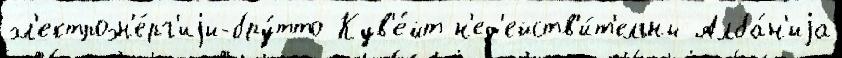
эл'ектроэн'е́рг'иjи-бру́тто Кув'е́йт н'ед'ейств'и́т'ельны Алба́н'иjа